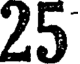
25